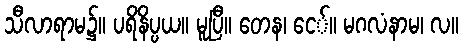
သီလာရာမ၌။ ပရိနိပ္ပယ။ မူပြီ။ တေန၊ ငေ်။ မဂလံနာမ၊ လ။